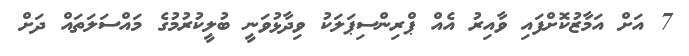
7 އަށް އަމާޒުކޮށްފައި ވާއިރު އެއް ޕްރިންސިޕަލަކު ވިދާޅުވަނީ ބުލީކުރުމުގެ މައްސަލަތައް ދަށް